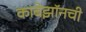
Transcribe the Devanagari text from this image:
काबेझॉनची